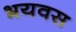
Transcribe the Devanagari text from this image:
भयवस